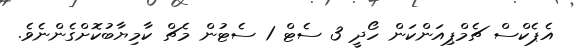
އެޕެކްސް ޗެމްޕިއަންކަން ހޯދީ 3 ސެޓް 1 ސެޓުން މެޗް ކާމިޔާބުކޮށްގެންނެވެ.